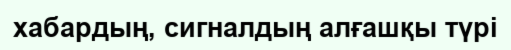
хабардың, сигналдың алғашқы түрі